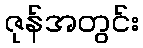
ဇုန်အတွင်း